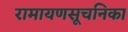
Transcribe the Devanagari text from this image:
रामायणसूचनिका